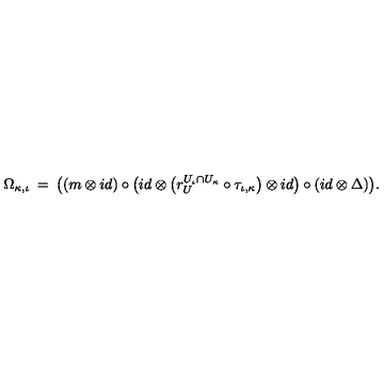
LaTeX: \Omega _ { \kappa , \iota } \: = \: \big ( ( m \otimes i d ) \circ \big ( i d \otimes \big ( r _ { U } ^ { U _ { \iota } \cap U _ { \kappa } } \circ \tau _ { \iota , \kappa } \big ) \otimes i d \big ) \circ ( i d \otimes \Delta ) \big ) .